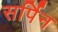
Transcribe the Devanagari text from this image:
सर्पिन